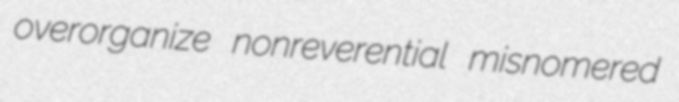
overorganize nonreverential misnomered